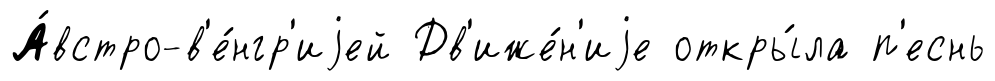
А́встро-в'е́нгр'иjей Дв'иже́н'иjе откры́ла п'еснь